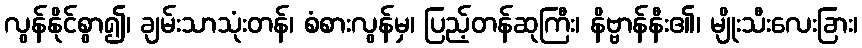
လွန်နိုင်စွာ၍၊ ချမ်းသာသုံးတန်၊ စံစားလွန်မှ၊ ပြည့်တန်ဆုကြီး၊ နိဗ္ဗာန်နီး၏၊ မျိုးသီးလေးခြား၊